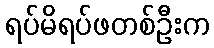
ရပ်မိရပ်ဖတစ်ဦးက